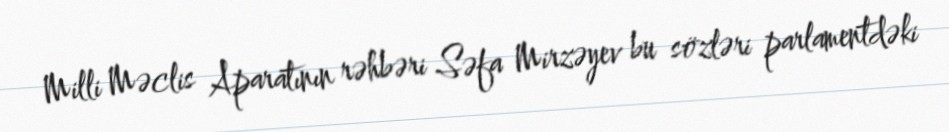
Milli Məclis Aparatının rəhbəri Səfa Mirzəyev bu sözləri parlamentdəki